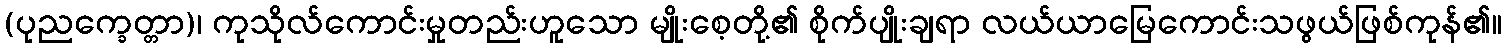
(ပုညက္ခေတ္တာ)၊ ကုသိုလ်ကောင်းမှုတည်းဟူသော မျိုးစေ့တို့၏ စိုက်ပျိုးချရာ လယ်ယာမြေကောင်းသဖွယ်ဖြစ်ကုန်၏။